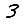
Digit: 3